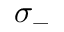
\sigma _ { - }